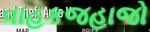
વાહકજહાજો